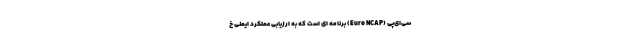
‌سی‌اِی‌پی (Euro NCAP) برنامه ای است که به ارزیابی عملکرد ایمنی خ